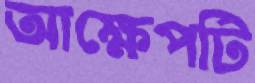
আক্ষেপটি